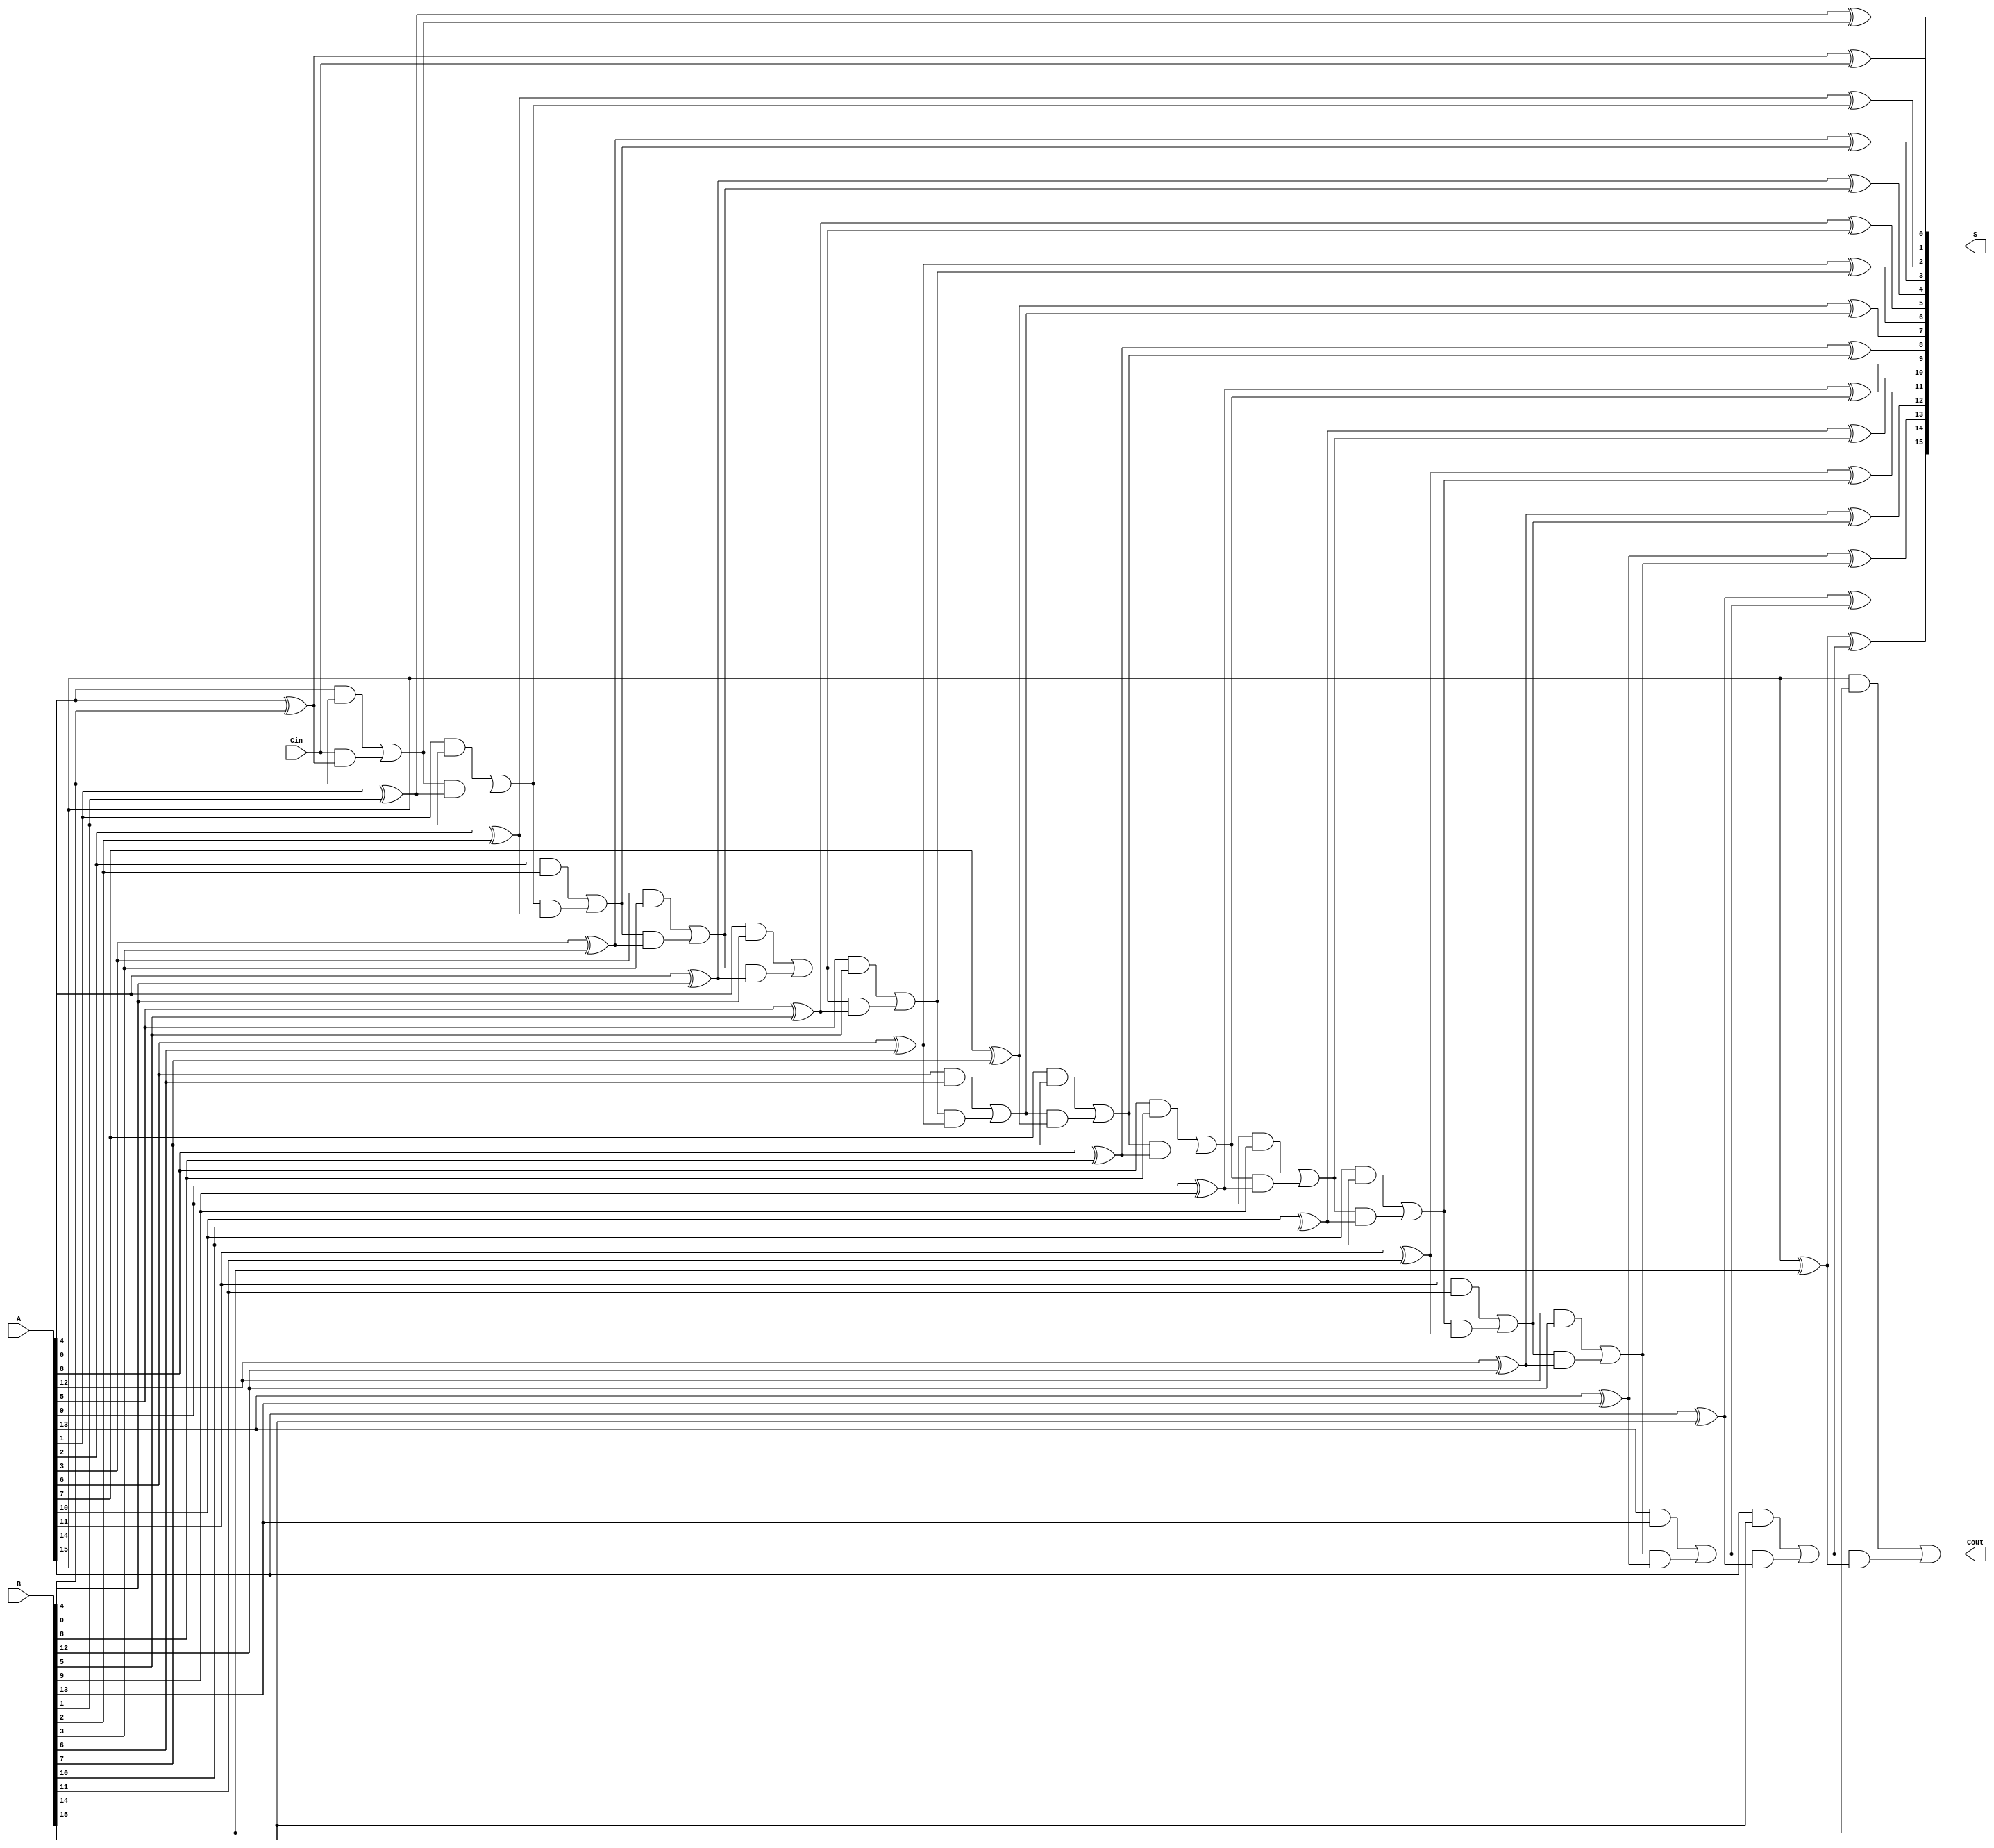
module han_carlson_adder #(parameter N = 16) (
    input  [N-1:0] A,      // First n-bit input
    input  [N-1:0] B,      // Second n-bit input
    input          Cin,     // Input carry
    output [N-1:0] S,      // n-bit sum output
    output         Cout     // Output carry
);

    // Internal signals
    wire [N/4:0] C;         // Carry signals for each group
    wire [N-1:0] S_group;   // Sum outputs for each group

    // Group size (4 bits)
    localparam GROUP_SIZE = 4;

    // Generate carry and sum for each group
    genvar i;
    generate
        for (i = 0; i < N/GROUP_SIZE; i = i + 1) begin : group
            wire [GROUP_SIZE-1:0] A_group = A[i*GROUP_SIZE +: GROUP_SIZE];
            wire [GROUP_SIZE-1:0] B_group = B[i*GROUP_SIZE +: GROUP_SIZE];
            wire Cin_group = (i == 0) ? Cin : C[i-1]; // Carry input for the group

            // Half Adders for the first bit of the group
            wire S0 = A_group[0] ^ B_group[0] ^ Cin_group;
            wire C0 = (A_group[0] & B_group[0]) | (Cin_group & (A_group[0] ^ B_group[0]));

            // Full Adders for the remaining bits of the group
            wire [GROUP_SIZE-1:1] S_full;
            wire [GROUP_SIZE-1:1] C_full;

            assign S_full[1] = A_group[1] ^ B_group[1] ^ C0;
            assign C_full[1] = (A_group[1] & B_group[1]) | (C0 & (A_group[1] ^ B_group[1]));

            genvar j;
            for (j = 2; j < GROUP_SIZE; j = j + 1) begin : full_adder
                assign S_full[j] = A_group[j] ^ B_group[j] ^ C_full[j-1];
                assign C_full[j] = (A_group[j] & B_group[j]) | (C_full[j-1] & (A_group[j] ^ B_group[j]));
            end

            // Assign the sum and carry out for the group
            assign S[i*GROUP_SIZE +: GROUP_SIZE] = {S_full[GROUP_SIZE-1], S_full[GROUP_SIZE-2:1], S0};
            assign C[i] = C_full[GROUP_SIZE-1];
        end
    endgenerate

    // Final carry out
    assign Cout = C[N/GROUP_SIZE-1];

    // Final sum output
    assign S = {S_group[N-1:GROUP_SIZE], S_group[GROUP_SIZE-1:0]};

endmodule